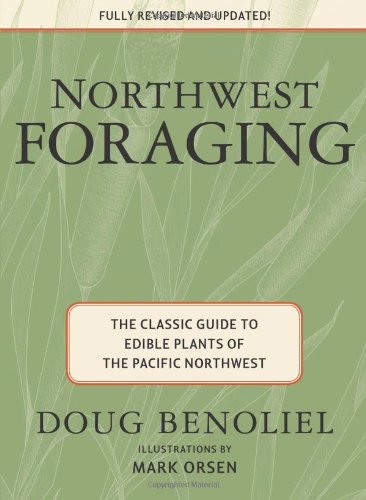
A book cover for Northwest Foraging: The Classic Guide to Edible Plants of the Pacific Northwest; Doug Benoliel; Science & Math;